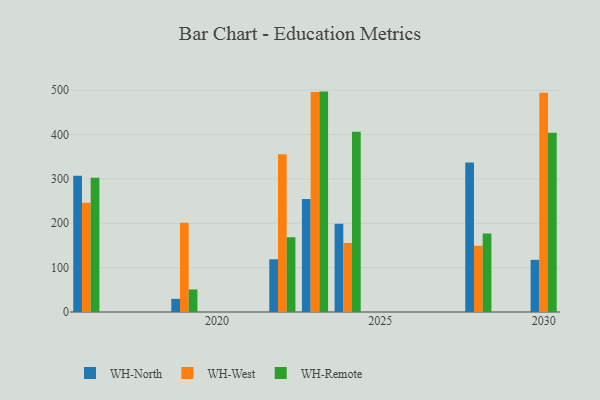
{"axis": {"x": "Year", "y": "Operating Costs (USD K)"}, "legend": ["WH-North", "WH-Remote", "WH-West"], "data": [{"x": "2023", "y": 254.9, "type": "WH-North"}, {"x": "2023", "y": 495.9, "type": "WH-West"}, {"x": "2023", "y": 496.9, "type": "WH-Remote"}, {"x": "2019", "y": 29.7, "type": "WH-North"}, {"x": "2019", "y": 201.3, "type": "WH-West"}, {"x": "2019", "y": 50.8, "type": "WH-Remote"}, {"x": "2022", "y": 118.8, "type": "WH-North"}, {"x": "2022", "y": 355.7, "type": "WH-West"}, {"x": "2022", "y": 168.6, "type": "WH-Remote"}, {"x": "2024", "y": 199.0, "type": "WH-North"}, {"x": "2024", "y": 155.7, "type": "WH-West"}, {"x": "2024", "y": 406.1, "type": "WH-Remote"}, {"x": "2028", "y": 337.2, "type": "WH-North"}, {"x": "2028", "y": 149.4, "type": "WH-West"}, {"x": "2028", "y": 177.0, "type": "WH-Remote"}, {"x": "2030", "y": 117.6, "type": "WH-North"}, {"x": "2030", "y": 494.5, "type": "WH-West"}, {"x": "2030", "y": 403.9, "type": "WH-Remote"}, {"x": "2016", "y": 307.4, "type": "WH-North"}, {"x": "2016", "y": 246.2, "type": "WH-West"}, {"x": "2016", "y": 302.5, "type": "WH-Remote"}]}